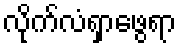
လိုက်လံရှာဖွေရာ